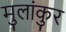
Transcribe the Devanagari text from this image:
मुलांकुर